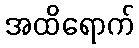
အထိရောက်